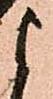
よ